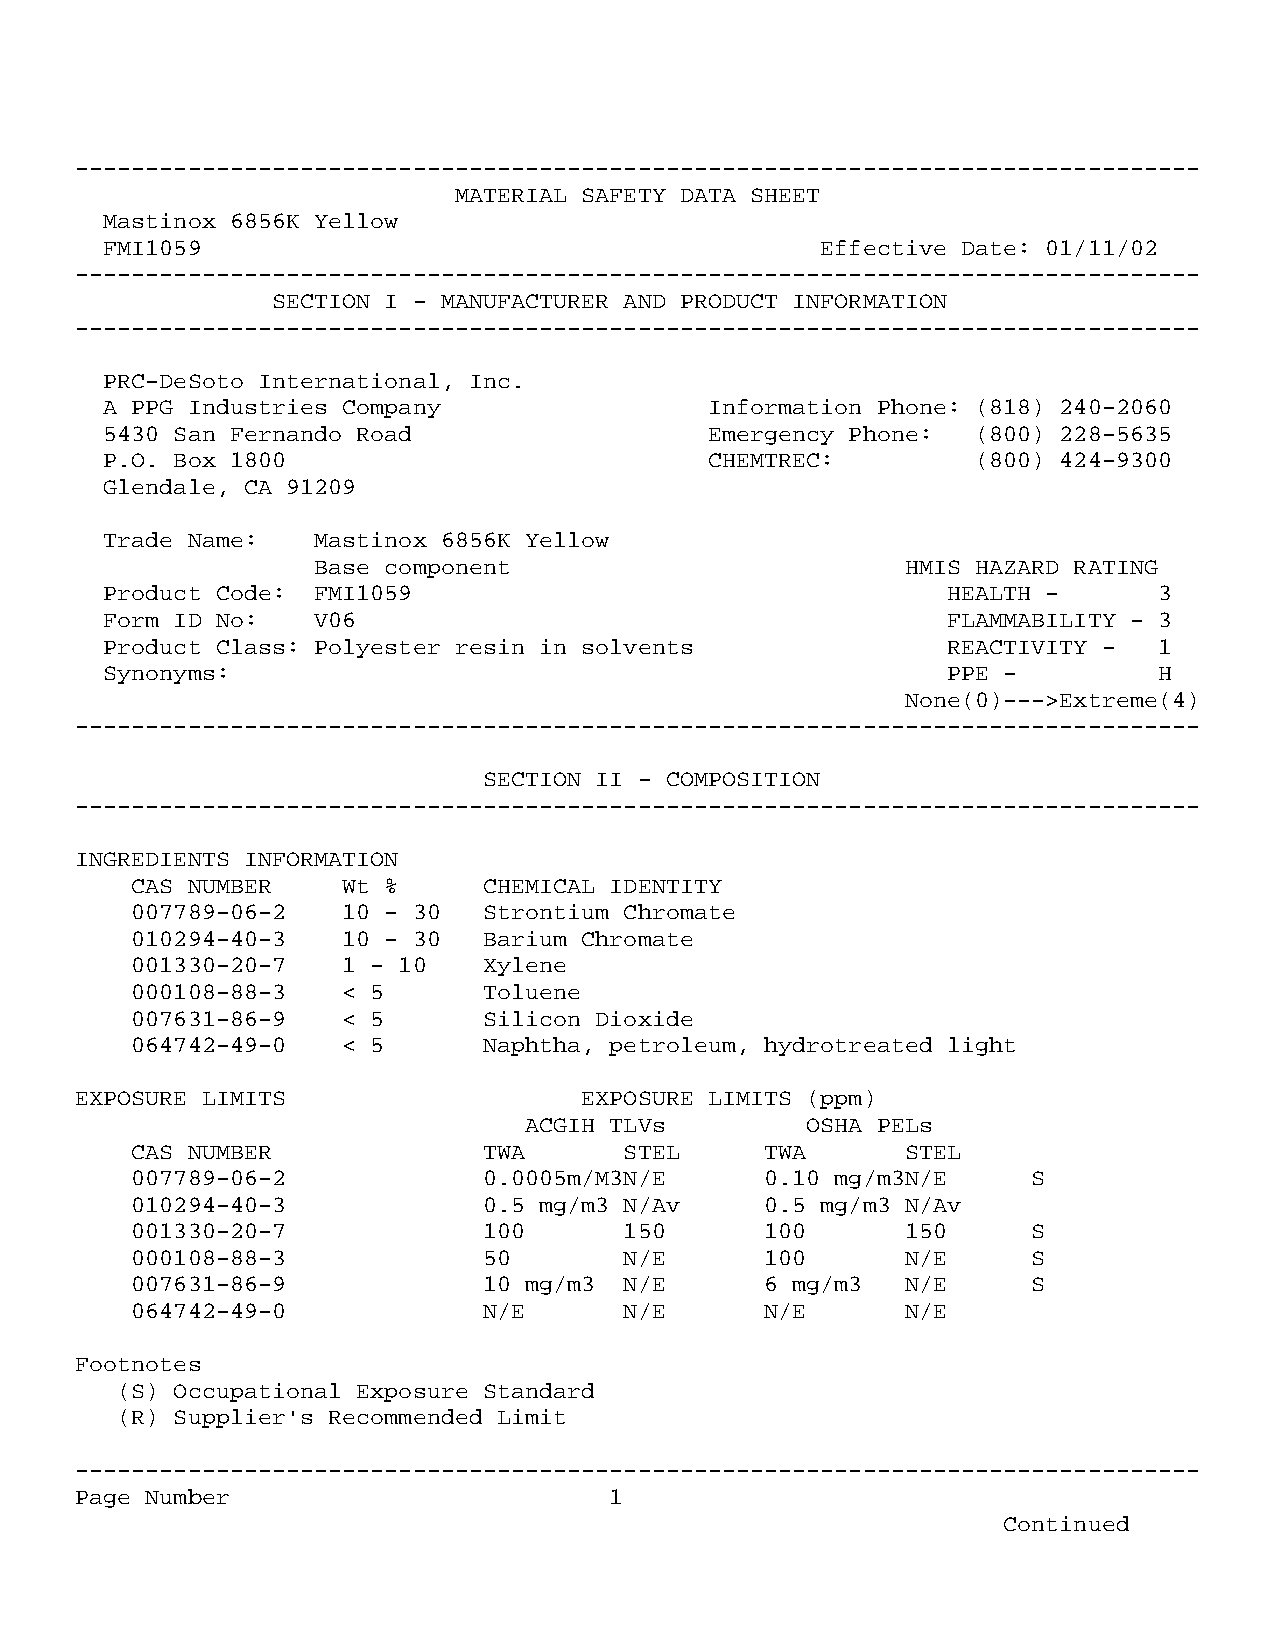
--------------------------------------------------------------------------------
 MATERIAL SAFETY DATA SHEET
 Mastinox 6856K Yellow
 FMI1059                                        Effective Date: 01/11/02
 --------------------------------------------------------------------------------
 SECTION I - MANUFACTURER AND PRODUCT INFORMATION
 --------------------------------------------------------------------------------
 PRC-DeSoto International, Inc.
 A PPG Industries Company                Information Phone: (818) 240-2060
 5430 San Fernando Road                  Emergency Phone:  (800) 228-5635
 P.O. Box 1800                           CHEMTREC:         (800) 424-9300
 Glendale, CA 91209
 Trade Name:   Mastinox 6856K Yellow
 Base component                         HMIS HAZARD RATING
 Product Code: FMI1059                                   HEALTH -      3
 Form ID No:   V06                                       FLAMMABILITY - 3
 Product Class: Polyester resin in solvents              REACTIVITY -  1
 Synonyms:                                               PPE -         H
 None(0)--->Extreme(4)
 --------------------------------------------------------------------------------
 SECTION II - COMPOSITION
 --------------------------------------------------------------------------------
 INGREDIENTS INFORMATION
 CAS NUMBER    Wt %     CHEMICAL IDENTITY
 007789-06-2   10 - 30  Strontium Chromate
 010294-40-3   10 - 30  Barium Chromate
 001330-20-7   1 - 10   Xylene
 000108-88-3   < 5      Toluene
 007631-86-9   < 5      Silicon Dioxide
 064742-49-0   < 5      Naphtha, petroleum, hydrotreated light
 EXPOSURE LIMITS                  EXPOSURE LIMITS (ppm)
 ACGIH TLVs        OSHA PELs
 CAS NUMBER             TWA      STEL      TWA      STEL
 007789-06-2            0.0005m/M3N/E      0.10 mg/m3N/E    S
 010294-40-3            0.5 mg/m3 N/Av     0.5 mg/m3 N/Av
 001330-20-7            100      150       100      150     S
 000108-88-3            50       N/E       100      N/E     S
 007631-86-9            10 mg/m3 N/E       6 mg/m3  N/E     S
 064742-49-0            N/E      N/E       N/E      N/E
 Footnotes
 (S) Occupational Exposure Standard
 (R) Supplier's Recommended Limit
 --------------------------------------------------------------------------------
 Page Number                        1
 Continued